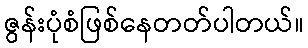
ဇွန်းပုံစံဖြစ်နေတတ်ပါတယ်။